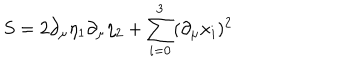
S = 2 \partial _ { \mu } \eta _ { 1 } \partial _ { \mu } \eta _ { 2 } + \sum _ { i = 0 } ^ { 3 } ( \partial _ { \mu } x _ { i } ) ^ { 2 }